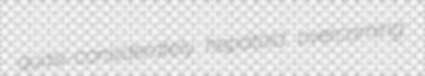
quasi-considerately hepatoid overcoming